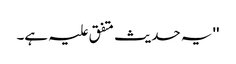
'' یہ حدیث متفق علیہ ہے۔